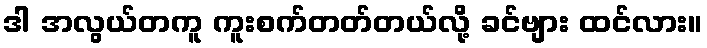
ဒါ အလွယ်တကူ ကူးစက်တတ်တယ်လို့ ခင်ဗျား ထင်လား။